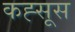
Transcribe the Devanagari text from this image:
कह्सूस